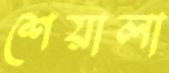
শেয়ালা